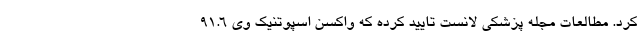
کرد. مطالعات مجله پزشکی لانست تایید کرده که واکسن اسپوتنیک وی ۹۱.۶